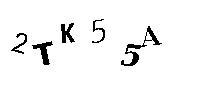
2TK55A